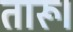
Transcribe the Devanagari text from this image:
तारू।